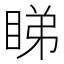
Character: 睇